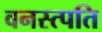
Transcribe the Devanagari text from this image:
वनस्त्पति